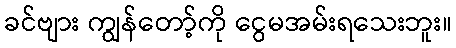
ခင်ဗျား ကျွန်တော့်ကို ငွေမအမ်းရသေးဘူး။